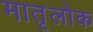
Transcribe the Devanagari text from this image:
मातृलोक